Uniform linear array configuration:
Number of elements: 16
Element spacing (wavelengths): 1
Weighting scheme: hann
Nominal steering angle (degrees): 30
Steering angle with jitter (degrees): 31.925
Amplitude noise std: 0.05
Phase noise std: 0.05

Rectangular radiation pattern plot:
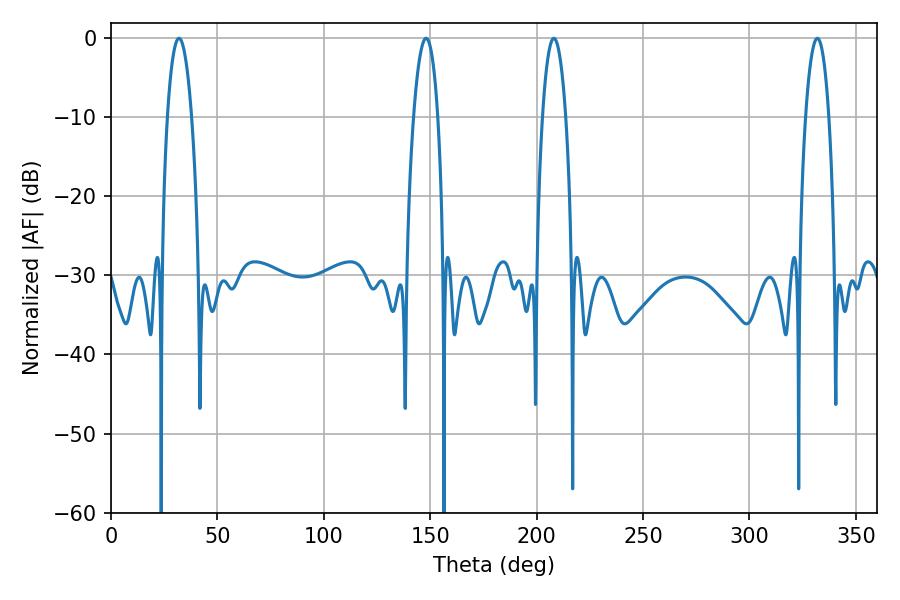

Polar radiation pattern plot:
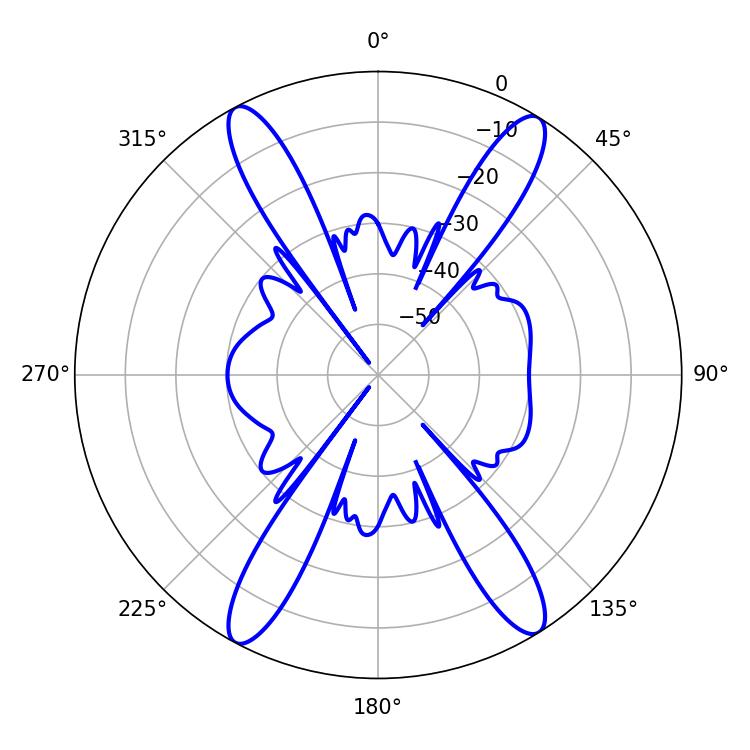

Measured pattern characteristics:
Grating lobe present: TRUE
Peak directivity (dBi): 20.224
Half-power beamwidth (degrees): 6.12
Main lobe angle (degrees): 208.08